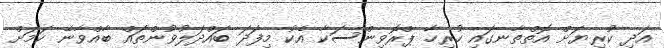
އަދި ކުރިޔަށް އޮތްތާނގައި ހުރިހާ ޕްރޮވިންސަކާ އެކު މިފަދަ ބައްދަލުވުންތައް ބާއްވާނޭ ކަމަށް